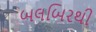
બલબિરથી